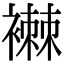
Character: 襋